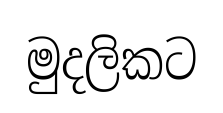
මුදලිකට